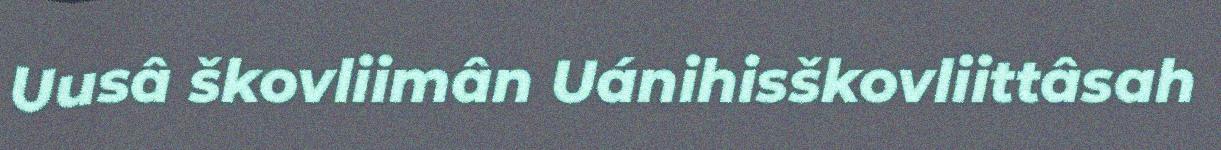
Uusâ škovliimân Uánihisškovliittâsah